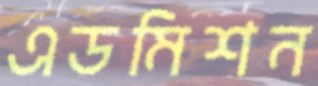
এডমিশন